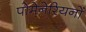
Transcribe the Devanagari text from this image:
पोमेनेरियनों